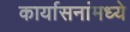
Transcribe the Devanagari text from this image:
कार्यासनांमध्ये